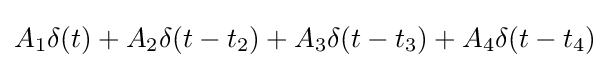
A_{1}\delta (t)+A_{2}\delta (t-t_{2})+A_{3}\delta (t-t_{3})+A_{4}\delta (t-t_{4})